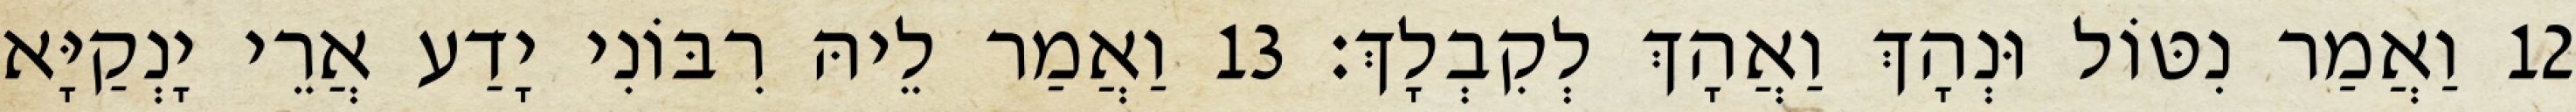
12 וַאֲמַר נִטּוֹל וּנְהָךְ וַאֲהָךְ לְקִבְלָךְ׃ 13 וַאֲמַר לֵיהּ רִבּוֹנִי יָדַע אֲרֵי יָנְקַיָּא